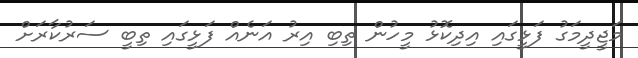
މަޖީދީމަގު ފަޅީގައި އިދިކޮޅު މީހުން ތިބި އިރު އަނެއް ފަޅީގައި ތިބީ ސަރުކާރަށް